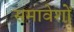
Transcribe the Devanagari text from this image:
समावेशों